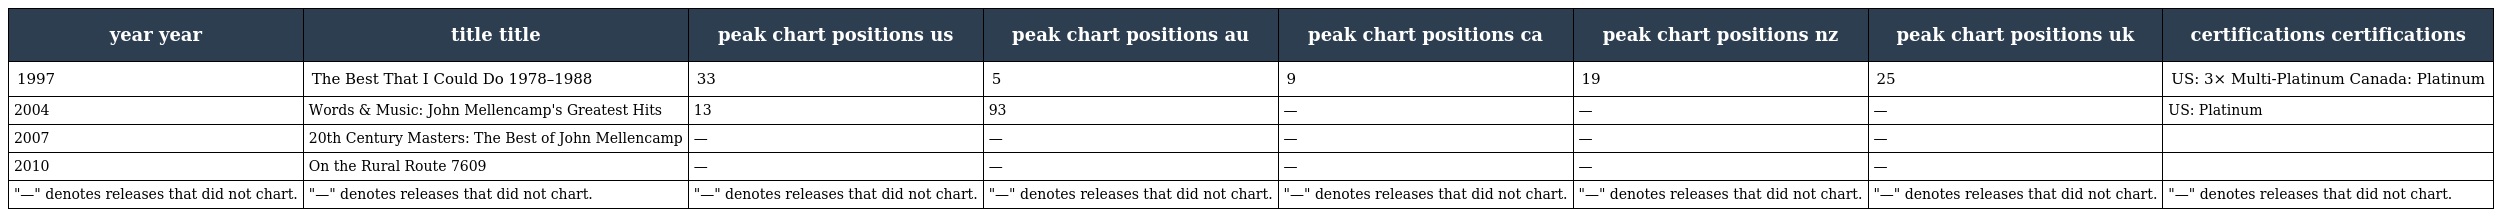
| year year | title title | peak chart positions us | peak chart positions au | peak chart positions ca | peak chart positions nz | peak chart positions uk | certifications certifications |
 | --- | --- | --- | --- | --- | --- | --- | --- |
 | 1997 | The Best That I Could Do 1978–1988 | 33 | 5 | 9 | 19 | 25 | US: 3× Multi-Platinum Canada: Platinum |
 | 2004 | Words & Music: John Mellencamp's Greatest Hits | 13 | 93 | — | — | — | US: Platinum |
 | 2007 | 20th Century Masters: The Best of John Mellencamp | — | — | — | — | — |  |
 | 2010 | On the Rural Route 7609 | — | — | — | — | — |  |
 | "—" denotes releases that did not chart. | "—" denotes releases that did not chart. | "—" denotes releases that did not chart. | "—" denotes releases that did not chart. | "—" denotes releases that did not chart. | "—" denotes releases that did not chart. | "—" denotes releases that did not chart. | "—" denotes releases that did not chart. |